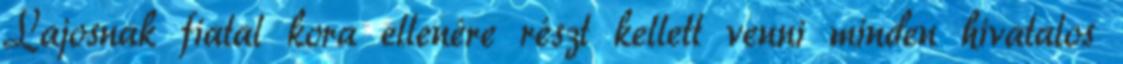
Lajosnak fiatal kora ellenére részt kellett venni minden hivatalos